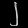
Digit: ၂